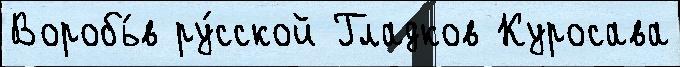
Воробь́в ру́сской Гладков Куросава